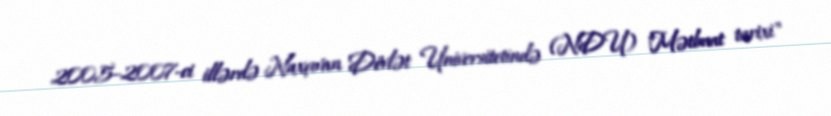
2005–2007-ci illərdə Naxçıvan Dövlət Universitetində (NDU) "Mətbuat tarixi"